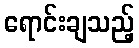
ရောင်းချသည့်